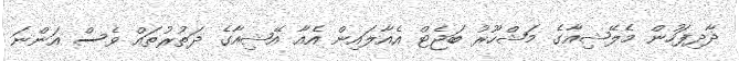
ދާދިފަހުން މެލޭޝިއާގެ މަޝްހޫރު ބަޖެޓް އެއާލައިން އެއާ އޭޝިއާގެ ދަތުރުތައް ވެސް އަންނަ